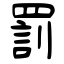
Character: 罰